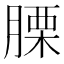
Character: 𦞰